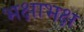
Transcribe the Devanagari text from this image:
भक्षाभक्ष